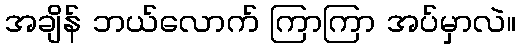
အချိန် ဘယ်လောက် ကြာကြာ အပ်မှာလဲ။